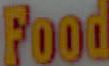
Food